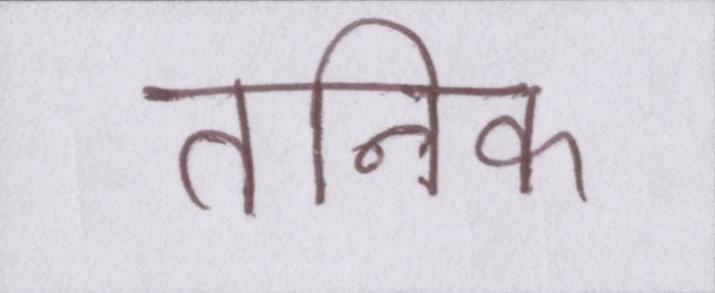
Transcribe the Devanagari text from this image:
तनिक